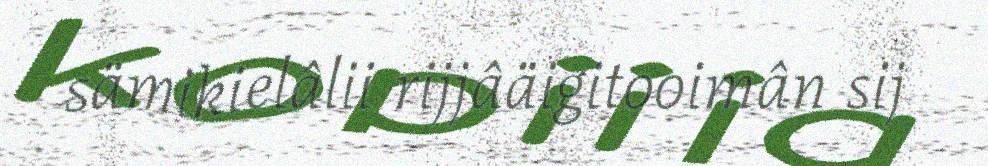
sämikielâlii rijjâäigitooimân sij